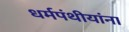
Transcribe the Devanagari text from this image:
धर्मपंथीयांना